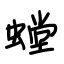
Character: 螳